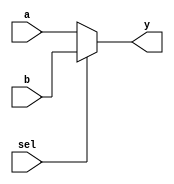
module MUX_2x1 #(parameter DATA_WIDTH = 16)(
    input [DATA_WIDTH-1:0] a,
    input [DATA_WIDTH-1:0] b,
    input sel,
    output reg [DATA_WIDTH-1:0] y
);

always @(*) begin
    if (sel)
        y = b;
    else
        y = a;
end

endmodule